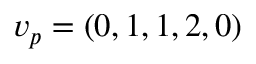
v _ { p } = ( 0 , 1 , 1 , 2 , 0 )